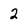
Character: 2